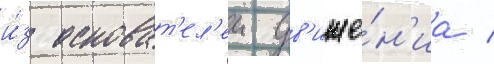
и́з основат'ел'еи дв'иже́н'иа /